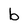
Character: b